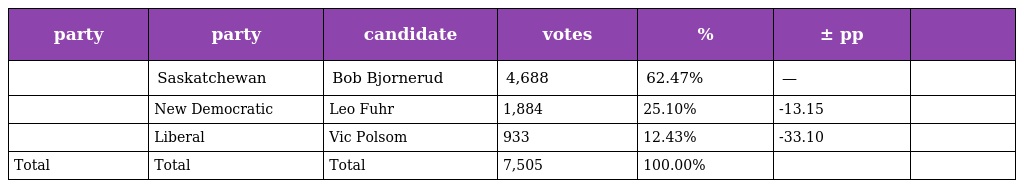
| party | party | candidate | votes | % | ± pp |  |
 | --- | --- | --- | --- | --- | --- | --- |
 |  | Saskatchewan | Bob Bjornerud | 4,688 | 62.47% | — |  |
 |  | New Democratic | Leo Fuhr | 1,884 | 25.10% | -13.15 |  |
 |  | Liberal | Vic Polsom | 933 | 12.43% | -33.10 |  |
 | Total | Total | Total | 7,505 | 100.00% |  |  |